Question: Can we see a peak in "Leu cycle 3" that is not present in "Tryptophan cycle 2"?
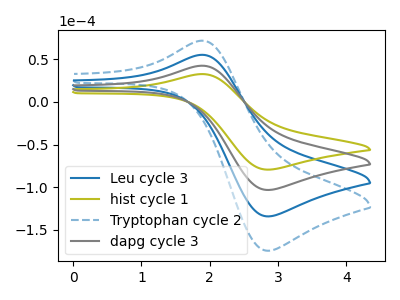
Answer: <think>The blue curve "Leu cycle 3" has an anodic peak at (1.90V, 85.00uA) and a cathodic peak at (2.85V, -206.50uA). The olive curve "hist cycle 1" has an anodic peak at (1.90V, 32.70uA) and a cathodic peak at (2.85V, -79.40uA). The blue dashed curve "Tryptophan cycle 2" has an anodic peak at (1.90V, 127.50uA) and a cathodic peak at (2.85V, -309.75uA). The gray curve "dapg cycle 3" has an anodic peak at (1.90V, 42.50uA) and a cathodic peak at (2.85V, -103.25uA).
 All the peaks in "Leu cycle 3" have a peak in "Tryptophan cycle 2" at the same potential. Every peak in "Leu cycle 3" is lower than every peak in "Tryptophan cycle 2".</think>
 <answer>No, "Leu cycle 3" and "Tryptophan cycle 2" don't appear to be significantly different in shape</answer>
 <eval>no_change</eval>